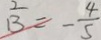
B = - \frac { 4 } { 5 }